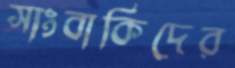
সাংবাকিদের